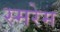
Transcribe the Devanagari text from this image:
स्मरेम